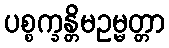
ပစ္စက္ခန္တိမဥမ္မတ္တာ